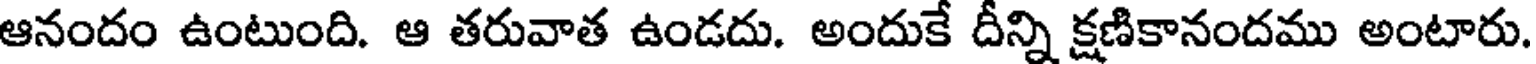
ఆనందం ఉంటుంది. ఆ తరువాత ఉండదు. అందుకే దీన్ని క్షణికానందము అంటారు